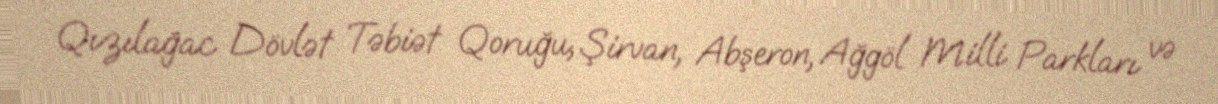
Qızılağac Dövlət Təbiət Qoruğu, Şirvan, Abşeron, Ağgöl Milli Parkları və